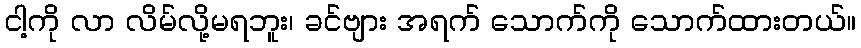
ငါ့ကို လာ လိမ်လို့မရဘူး၊ ခင်ဗျား အရက် သောက်ကို သောက်ထားတယ်။